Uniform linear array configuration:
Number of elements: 24
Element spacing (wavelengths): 1
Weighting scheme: hamming
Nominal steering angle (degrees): -15
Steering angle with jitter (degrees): -14.727
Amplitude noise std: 0.05
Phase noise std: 0.05

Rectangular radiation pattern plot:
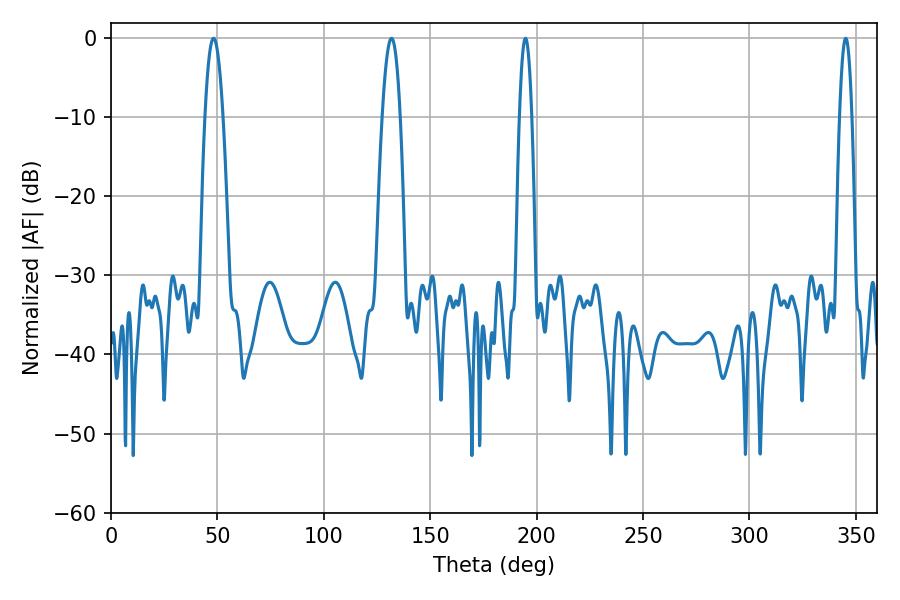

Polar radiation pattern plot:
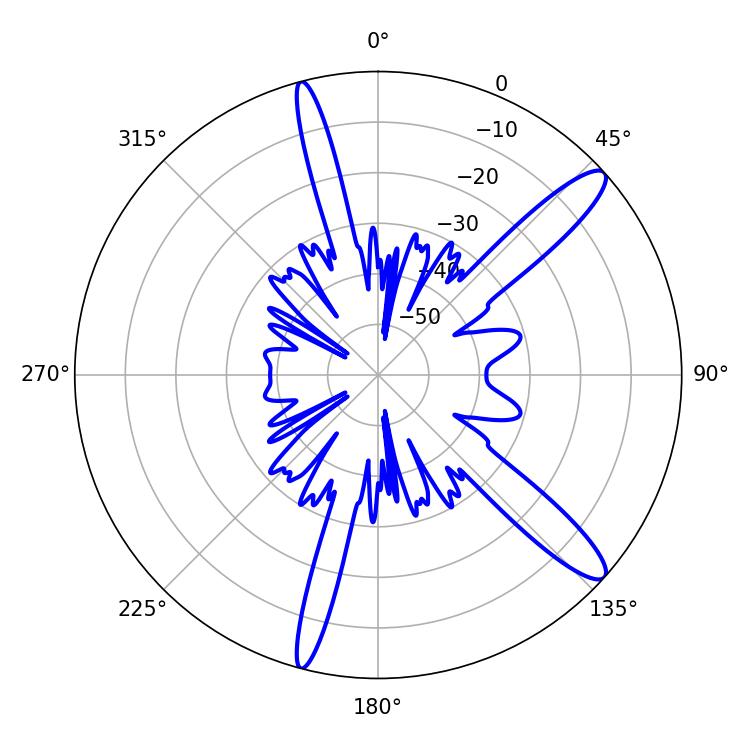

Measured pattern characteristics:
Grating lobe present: TRUE
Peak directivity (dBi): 12.971
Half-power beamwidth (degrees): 3.24
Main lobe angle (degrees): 194.76